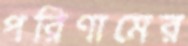
পরিণামের